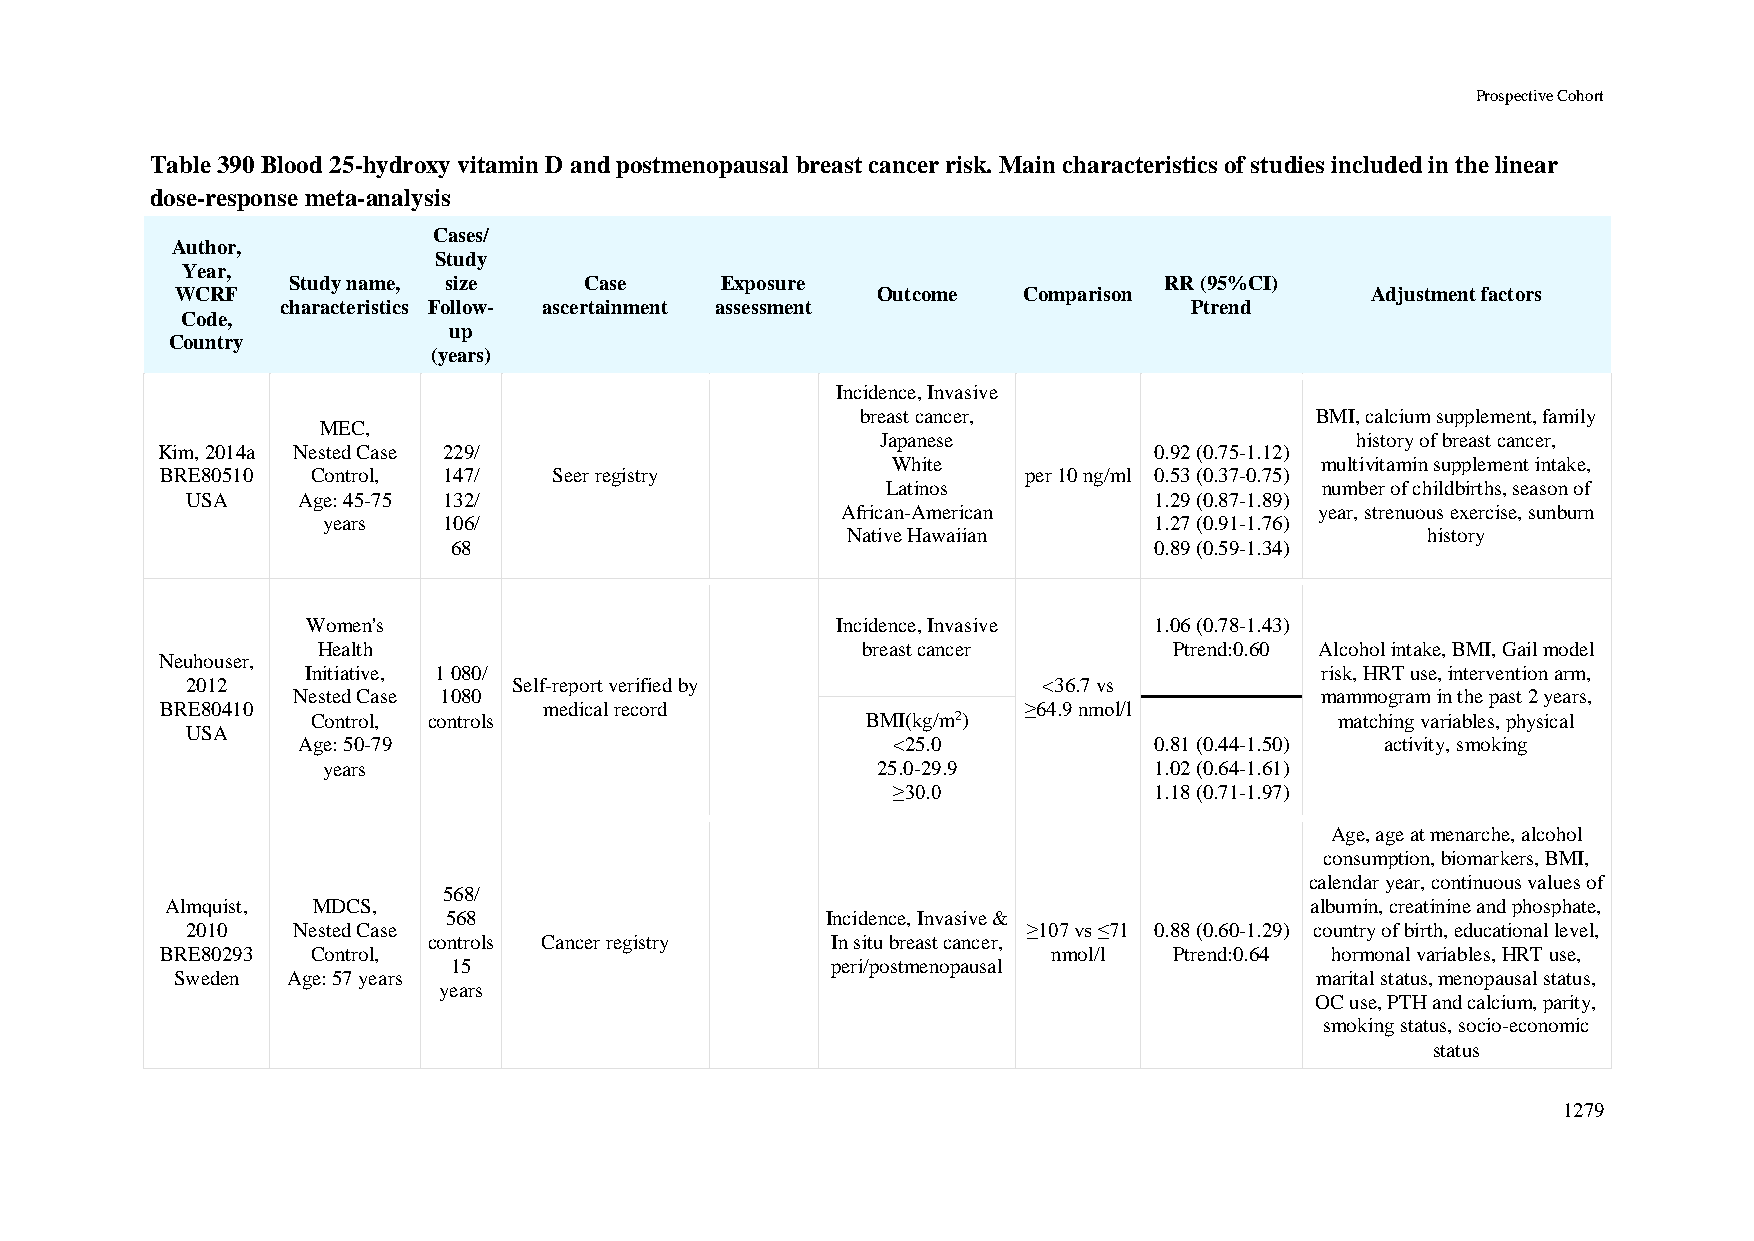
Prospective Cohort
 Table 390 Blood 25-hydroxy vitamin D and postmenopausal breast cancer risk. Main characteristics of studies included in the linear
 dose-response meta-analysis
 Cases/
 Author,
 Study
 Year,
 Study name, size    Case     Exposure                     RR (95%CI)
 WCRF                                          Outcome   Comparison             Adjustment factors
 characteristics Follow- ascertainment assessment            Ptrend
 Code,
 up
 Country
 (years)
 Incidence, Invasive
 breast cancer,                BMI, calcium supplement, family
 MEC,
 Japanese                        history of breast cancer,
 Kim, 2014a Nested Case 229/                                       0.92 (0.75-1.12)
 White                       multivitamin supplement intake,
 BRE80510  Control, 147/   Seer registry                  per 10 ng/ml 0.53 (0.37-0.75)
 Latinos                     number of childbirths, season of
 USA     Age: 45-75 132/                                         1.29 (0.87-1.89)
 African-American               year, strenuous exercise, sunburn
 years   106/                                           1.27 (0.91-1.76)
 Native Hawaiian                       history
 68                                            0.89 (0.59-1.34)
 Women's                            Incidence, Invasive  1.06 (0.78-1.43)
 Health                              breast cancer        Ptrend:0.60 Alcohol intake, BMI, Gail model
 Neuhouser,
 Initiative, 1 080/                                                 risk, HRT use, intervention arm,
 2012                  Self-report verified by            <36.7 vs
 Nested Case 1080                                                    mammogram in the past 2 years,
 BRE80410                 medical record                  ≥64.9 nmol/l
 Control, controls                   BMI(kg/m2)                      matching variables, physical
 USA
 Age: 50-79                             <25.0            0.81 (0.44-1.50) activity, smoking
 years                                25.0-29.9         1.02 (0.64-1.61)
 ≥30.0            1.18 (0.71-1.97)
 Age, age at menarche, alcohol
 consumption, biomarkers, BMI,
 calendar year, continuous values of
 568/
 Almquist, MDCS,                                                             albumin, creatinine and phosphate,
 568                       Incidence, Invasive &
 2010   Nested Case                                      ≥107 vs ≤71 0.88 (0.60-1.29) country of birth, educational level,
 controls Cancer registry   In situ breast cancer,
 BRE80293  Control,                                         nmol/l  Ptrend:0.64 hormonal variables, HRT use,
 15                       peri/postmenopausal
 Sweden Age: 57 years                                                       marital status, menopausal status,
 years
 OC use, PTH and calcium, parity,
 smoking status, socio-economic
 status
 1279